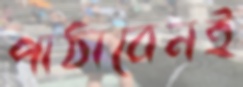
পাঠাবেনই